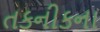
તકનીકના